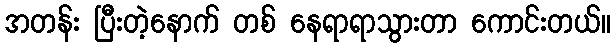
အတန်း ပြီးတဲ့နောက် တစ် နေရာရာသွားတာ ကောင်းတယ်။